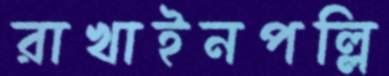
রাখাইনপল্লি